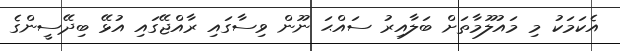
އެކަމަކު މި މައުލޫމާތަށް ބަލާއިރު ސައްޙަ ނޫން ވިސާގައި ރާއްޖޭގައި އުޅޭ ބިދޭސީންގެ